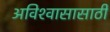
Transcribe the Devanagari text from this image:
अविश्‍वासासाठी